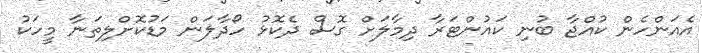
އެއަންހެން ކުއްޖާ ބުނި ކައުންޓަރާ ދިމާލަށް ގޮސް ދެކޮޅު ހޯދާލަން މަޑުކޮށްލިތަނާ މީހަކު